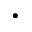
\bullet